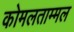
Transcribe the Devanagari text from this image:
कोमलताम्मल